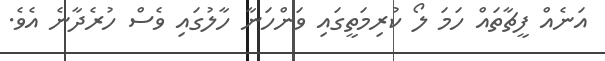
އަނެއް ފީޗާތައް ހަމަ ލޯ ކުރިމަތީގައި ވަންހަނާ ހާލުގައި ވެސް ހުރެދާނެ އެވެ.